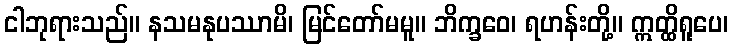
ငါဘုရားသည်။ နသမနုပဿာမိ၊ မြင်တော်မမူ။ ဘိက္ခဝေ၊ ရဟန်းတို့။ ဣတ္ထိရူပေ၊